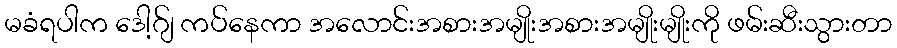
မခံရပါက ဒေါ့ဂ်ျ ကပ်နေကာ အလောင်းအစားအမျိုးအစားအမျိုးမျိုးကို ဖမ်းဆီးသွားတာ